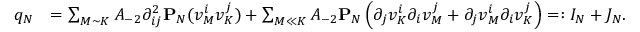
\begin{array} { r l } { q _ { N } } & { = \sum _ { M \sim K } A _ { - 2 } \partial _ { i j } ^ { 2 } \mathbf { P } _ { N } ( v _ { M } ^ { i } v _ { K } ^ { j } ) + \sum _ { M \ll K } A _ { - 2 } \mathbf { P } _ { N } \left( \partial _ { j } v _ { K } ^ { i } \partial _ { i } v _ { M } ^ { j } + \partial _ { j } v _ { M } ^ { i } \partial _ { i } v _ { K } ^ { j } \right) = : I _ { N } + J _ { N } . } \end{array}